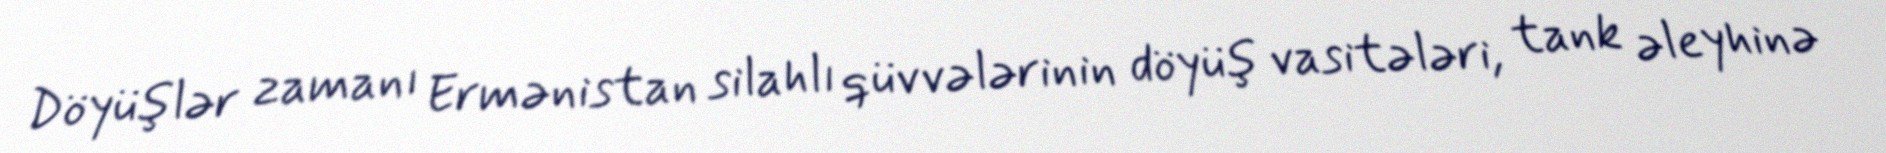
Döyüşlər zamanı Ermənistan silahlı qüvvələrinin döyüş vasitələri, tank əleyhinə